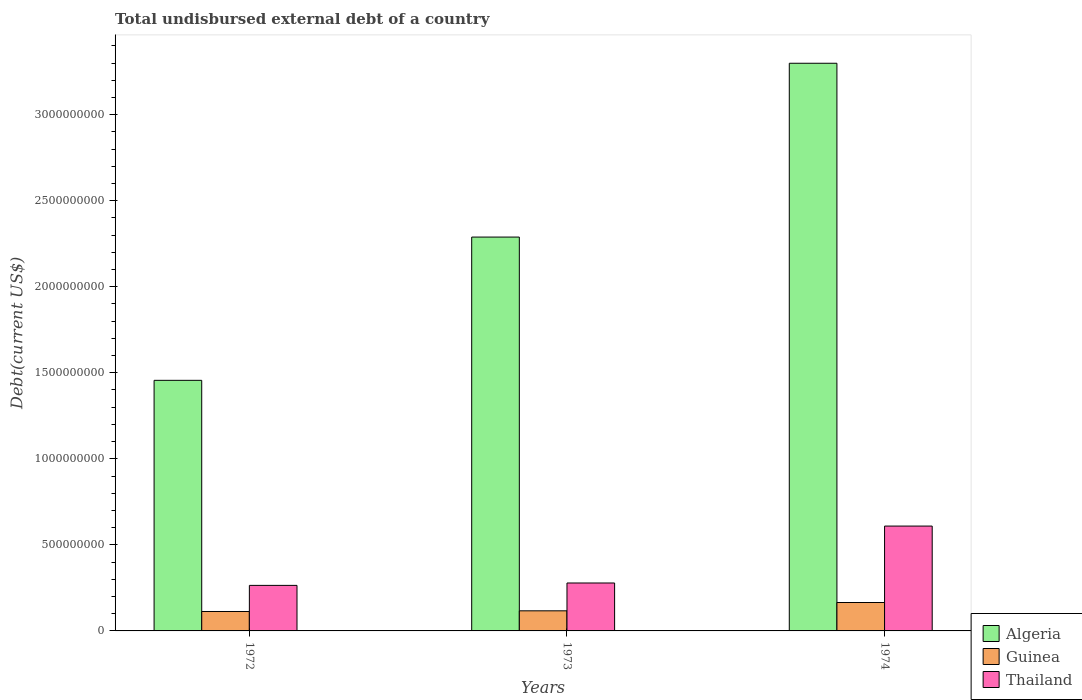
| Years | Algeria | Guinea | Thailand |
 | --- | --- | --- | --- |
 | 1972 | 1.46e+09 | 1.13e+08 | 2.65e+08 |
 | 1973 | 2.29e+09 | 1.17e+08 | 2.79e+08 |
 | 1974 | 3.3e+09 | 1.65e+08 | 6.09e+08 |